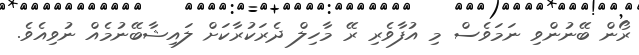
ރޯން ބޭނުންވި ނަމަވެސް މި އުފާވެރި ރޭ މާހިލް ދެރަކުރާކަށް ލައިޝާބޭނުމެއް ނުވިއެވެ.